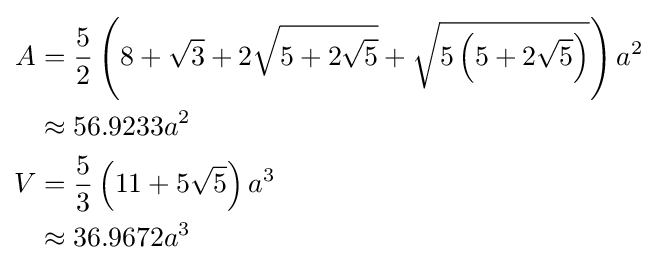
{\begin{aligned}A&={\frac {5}{2}}\left(8+{\sqrt {3}}+2{\sqrt {5+2{\sqrt {5}}}}+{\sqrt {5\left(5+2{\sqrt {5}}\right)}}\right)a^{2}\\&\approx 56.9233a^{2}\\V&={\frac {5}{3}}\left(11+5{\sqrt {5}}\right)a^{3}\\&\approx 36.9672a^{3}\end{aligned}}